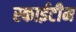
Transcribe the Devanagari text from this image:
स्‍काईटीम